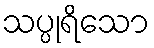
သပ္ပုရိသော